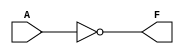

    module KEY1_NOT_LED ( A, F );
        input A ;      // ??????,??KEY1????I/O??31?
        output F;      // ??????,LED?????I/O??41?
        assign F =~A;  //??F??1 LED?????
                       //??F??0 LED????
    endmodule